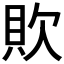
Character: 𰶷